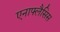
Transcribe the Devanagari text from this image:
एनाफ्लैसिस